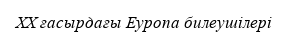
XX ғасырдағы Еуропа билеушілері